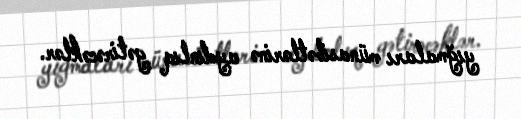
yığmaları münasibətlərinə aydınlıq gətirəcəklər.